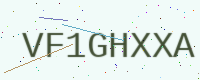
Text: VF1GHXXA